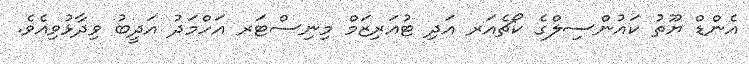
އެންޑް ޔޫތު ކައުންސިލްގެ ކޯޗެއަރ އަދި ޓުއަރިޒަމް މިނިސްޓަރ އަހްމަދު އަދީބު ވިދާޅުވިއެވެ.